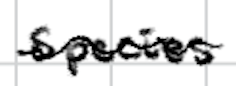
Text: species
Cross-out: wave
Writing tool: digital_black